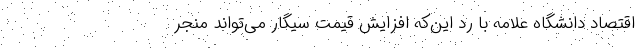
اقتصاد دانشگاه علامه با رد این‌که افزایش قیمت سیگار می‌تواند منجر